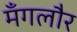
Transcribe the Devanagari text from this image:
मँगलौर